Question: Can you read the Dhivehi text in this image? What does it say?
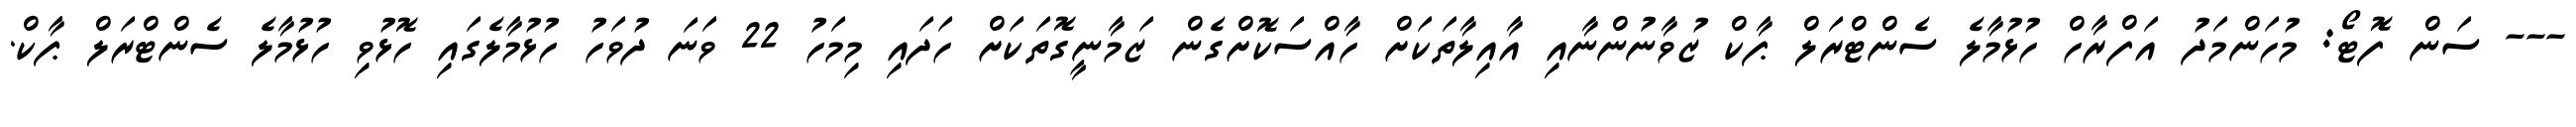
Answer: --- ސަން ފޮޓޯ: މުހަންމަދު އަފްރާހް ހުޅުމާލެ ސެންޓްރަލް ޕާކް ޒުވާނުންނާއި އާއިލާތަކަށް ހާއްސަކޮށްގެން ޒަމާނީގޮތަކަށް ހަދައި މިމަހު 22 ވަނަ ދުވަހު ހުޅުމާލެގައި ހޮޅުވި ހުޅުމާލެ ސެންޓްރަލް ޕާކް.